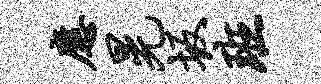
应晃坂班